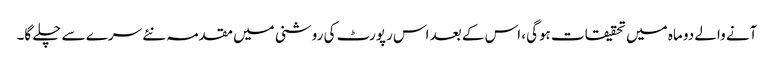
آنے والے دو ماہ میں تحقیقات ہوگی، اس کے بعد اس رپورٹ کی روشنی میں مقدمہ نئے سرے سے چلے گا۔